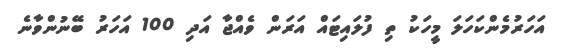
އަހަރުމެންކަަހަލަ މީހަކު ތި ފުލައިޓައް އަރަން ވެއްޖާ އަދި 100 އަހަރު ބޭނުންވާނެ